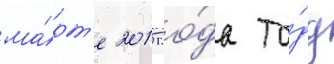
ма́рт'е 2015 го́да то́дд